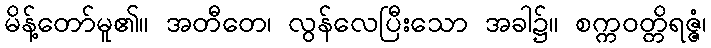
မိန့်တော်မူ၏။ အတီတေ၊ လွန်လေပြီးသော အခါ၌။ စက္ကဝတ္တိရဇ္ဇံ၊